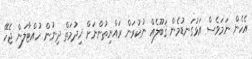
އެހެން ނަމަވެސް އަޅުގަނޑުމެން ޤަބޫލެއް ނުކުރަން ރައްޔިތުންނަށް ޚިދުމަތް ދިނުން ހުއްޓާލަން ޖެހޭ